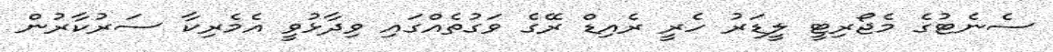
ސެނެޓުގެ މެޖޯރިޓީ ލީޑަރު ހެރީ ރެއިޑް ރޭގެ ވަގުތެއްގައި ވިދާޅުވީ އެމެރިކާ ސަރުކާރުން